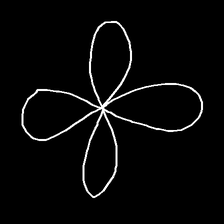
Glyph: billowing